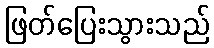
ဖြတ်ပြေးသွားသည်